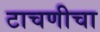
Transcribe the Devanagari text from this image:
टाचणीचा